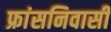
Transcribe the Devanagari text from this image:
फ्रांसनिवासी